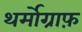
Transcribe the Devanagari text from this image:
थर्मोग्राफ़